65_HS1-834228961_62-HQ-83894_Section_4
Agency: FBI
Page 204
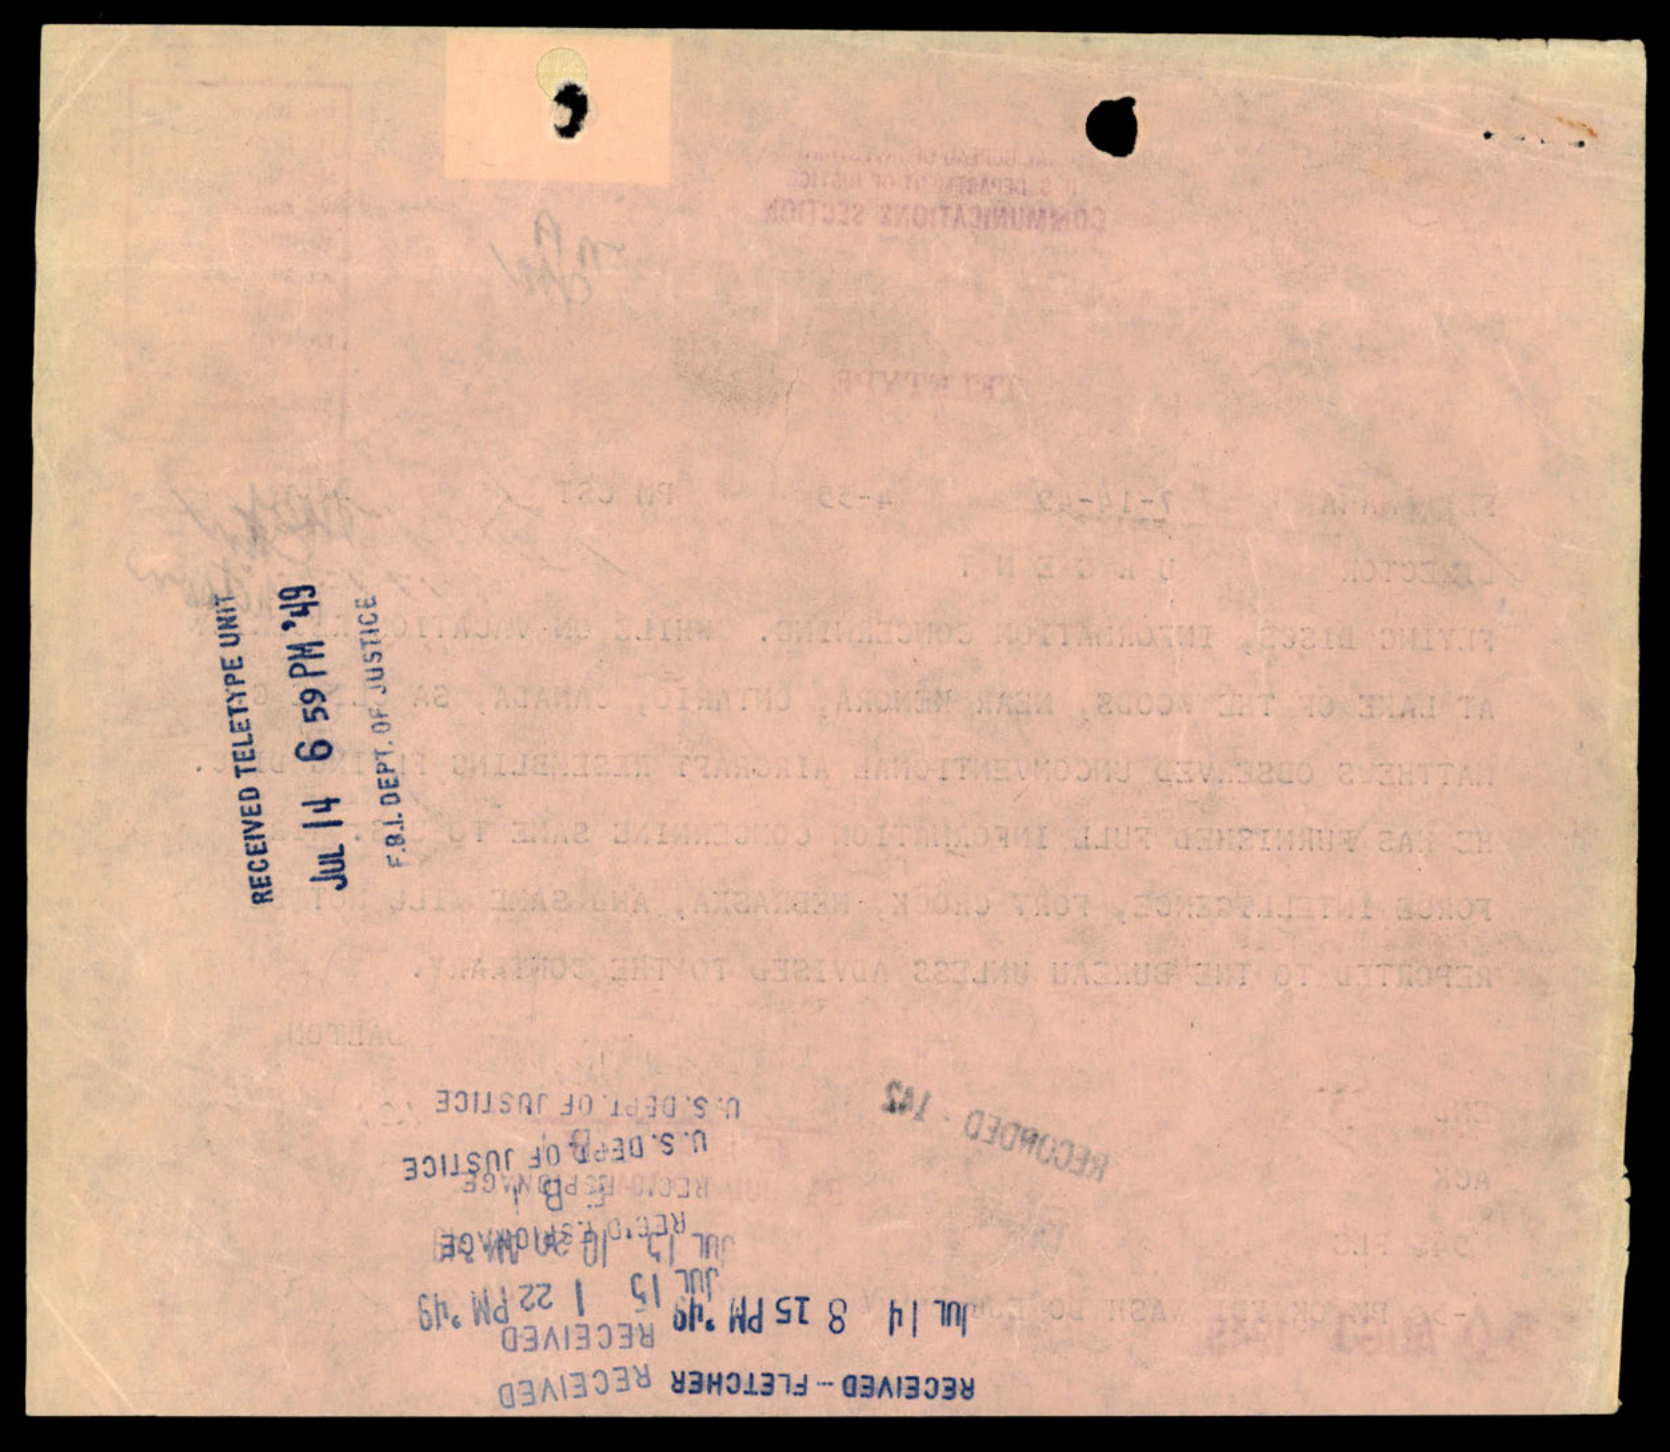